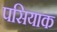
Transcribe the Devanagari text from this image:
पसियाक